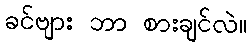
ခင်ဗျား ဘာ စားချင်လဲ။